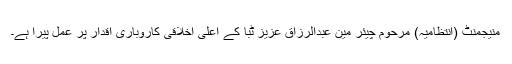
منیجمنٹ (انتظامیہ) مرحوم چیئر مین عبدالرزاق عزیز ٹبّا کے اعلیٰ اخلاقی کاروباری اقدار پر عمل پیرا ہے۔